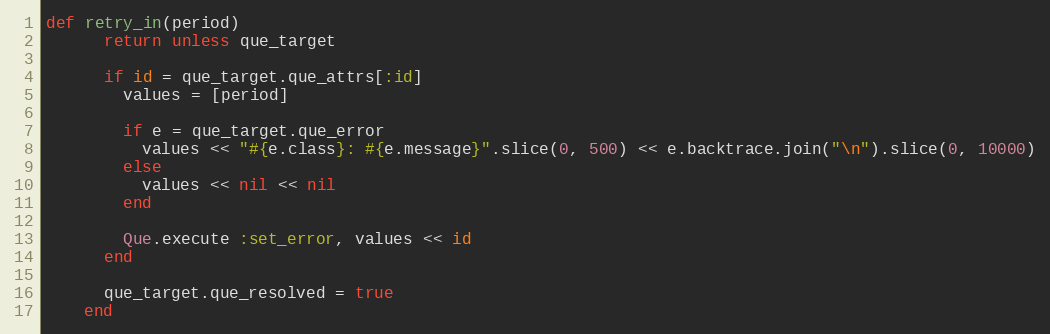
Language: Ruby
def retry_in(period)
      return unless que_target

      if id = que_target.que_attrs[:id]
        values = [period]

        if e = que_target.que_error
          values << "#{e.class}: #{e.message}".slice(0, 500) << e.backtrace.join("\n").slice(0, 10000)
        else
          values << nil << nil
        end

        Que.execute :set_error, values << id
      end

      que_target.que_resolved = true
    end